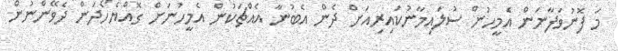
މަ ފޮނުވަފާނަން އެމީހުން ސުލައިމާނުކައިރިއަށް ދެން އެބުނާ އެއްޗަކުން އެމީހުނަށް ގޮއްޔެހޯދަން ދެވޭންނުން